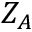
Z _ { A }